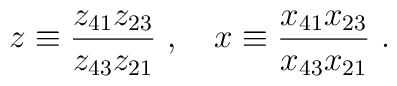
z \equiv \frac{z_{41}z_{23}}{z_{43}z_{21}}~,~~~ x \equiv \frac{x_{41}x_{23}}{x_{43}x_{21}}~.